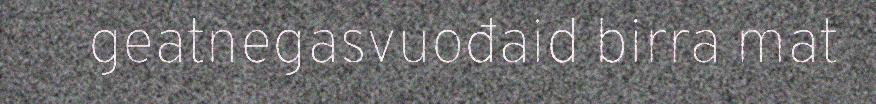
geatnegasvuođaid birra mat